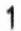
1